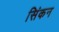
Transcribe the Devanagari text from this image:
सिंकन